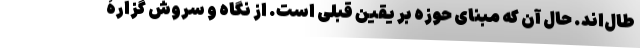
طال‌اند. حال آن که مبنای حوزه بر یقین قبلی است. از نگاه و سروش گزارۀ